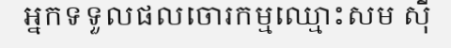
អ្នកទទួលផលចោរកម្មឈ្មោះសម ស៊ី